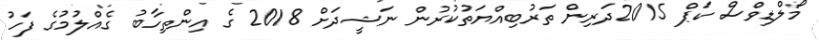
މޯލްޑިވްސް ކަޕް 2015ދަރިން ތަރުބިއްޔަތުކުރުން ނަޝީދަށް 2018 ގެ އިންތިހާބު ގެއްލުމުގެ ފަހު